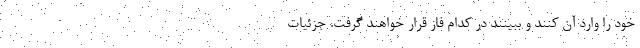
خود را وارد آن کنند و ببینند در کدام فاز قرار خواهند گرفت. جزئیات